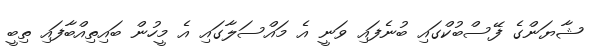
ޝާޔަންގެ ފޭސްބުކްގައި ބުނެފައި ވަނީ އެ މައްސަލާގައި އެ މީހުން ބައިތިއްބާފައި ތިބީ